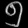
Digit: ၅